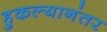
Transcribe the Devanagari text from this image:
हुकल्यानंतर